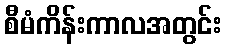
စီမံကိန်းကာလအတွင်း